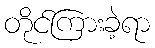
တိုင်ကြားခဲ့ရာ